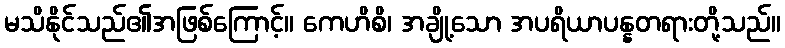
မသိနိုင်သည်၏အဖြစ်ကြောင့်။ ကေဟိစိ၊ အချို့သော အပရိယာပန္နတရားတို့သည်။